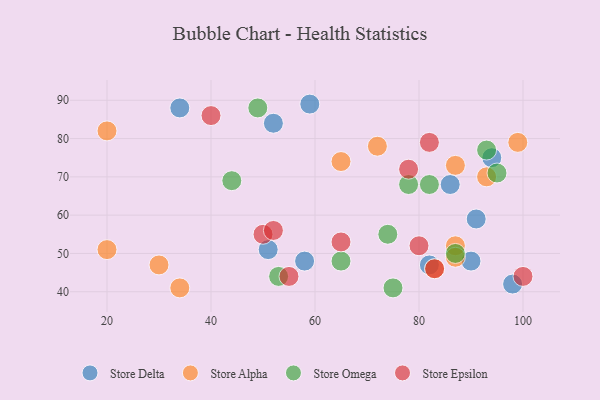
{"axis": {"x": "GDP", "y": "Life Expectancy"}, "legend": ["Store Alpha", "Store Delta", "Store Epsilon", "Store Omega"], "data": [{"x": "52", "y": 84, "type": "Store Delta"}, {"x": "51", "y": 51, "type": "Store Delta"}, {"x": "86", "y": 68, "type": "Store Delta"}, {"x": "34", "y": 88, "type": "Store Delta"}, {"x": "91", "y": 59, "type": "Store Delta"}, {"x": "59", "y": 89, "type": "Store Delta"}, {"x": "58", "y": 48, "type": "Store Delta"}, {"x": "98", "y": 42, "type": "Store Delta"}, {"x": "82", "y": 47, "type": "Store Delta"}, {"x": "90", "y": 48, "type": "Store Delta"}, {"x": "94", "y": 75, "type": "Store Delta"}, {"x": "87", "y": 73, "type": "Store Alpha"}, {"x": "93", "y": 70, "type": "Store Alpha"}, {"x": "30", "y": 47, "type": "Store Alpha"}, {"x": "87", "y": 52, "type": "Store Alpha"}, {"x": "87", "y": 49, "type": "Store Alpha"}, {"x": "34", "y": 41, "type": "Store Alpha"}, {"x": "20", "y": 51, "type": "Store Alpha"}, {"x": "65", "y": 74, "type": "Store Alpha"}, {"x": "72", "y": 78, "type": "Store Alpha"}, {"x": "99", "y": 79, "type": "Store Alpha"}, {"x": "83", "y": 46, "type": "Store Alpha"}, {"x": "20", "y": 82, "type": "Store Alpha"}, {"x": "53", "y": 44, "type": "Store Omega"}, {"x": "49", "y": 88, "type": "Store Omega"}, {"x": "87", "y": 50, "type": "Store Omega"}, {"x": "44", "y": 69, "type": "Store Omega"}, {"x": "93", "y": 77, "type": "Store Omega"}, {"x": "75", "y": 41, "type": "Store Omega"}, {"x": "95", "y": 71, "type": "Store Omega"}, {"x": "65", "y": 48, "type": "Store Omega"}, {"x": "78", "y": 68, "type": "Store Omega"}, {"x": "74", "y": 55, "type": "Store Omega"}, {"x": "82", "y": 68, "type": "Store Omega"}, {"x": "100", "y": 44, "type": "Store Epsilon"}, {"x": "50", "y": 55, "type": "Store Epsilon"}, {"x": "55", "y": 44, "type": "Store Epsilon"}, {"x": "78", "y": 72, "type": "Store Epsilon"}, {"x": "52", "y": 56, "type": "Store Epsilon"}, {"x": "40", "y": 86, "type": "Store Epsilon"}, {"x": "82", "y": 79, "type": "Store Epsilon"}, {"x": "83", "y": 46, "type": "Store Epsilon"}, {"x": "65", "y": 53, "type": "Store Epsilon"}, {"x": "80", "y": 52, "type": "Store Epsilon"}]}